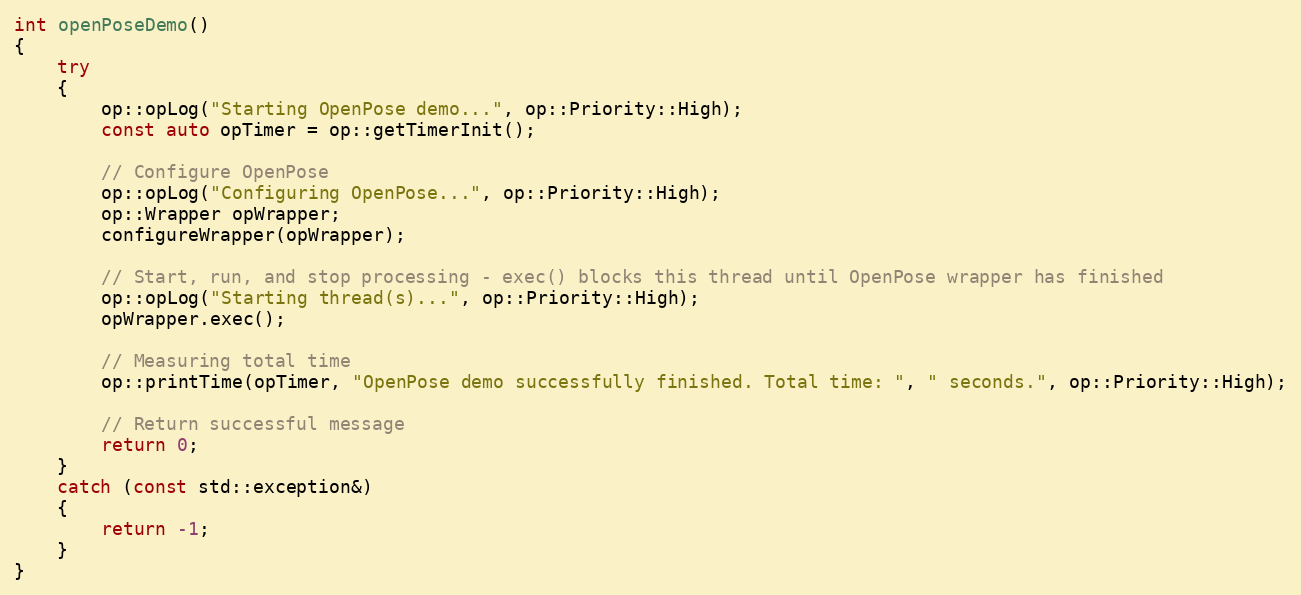
Language: C++
int openPoseDemo()
{
    try
    {
        op::opLog("Starting OpenPose demo...", op::Priority::High);
        const auto opTimer = op::getTimerInit();

        // Configure OpenPose
        op::opLog("Configuring OpenPose...", op::Priority::High);
        op::Wrapper opWrapper;
        configureWrapper(opWrapper);

        // Start, run, and stop processing - exec() blocks this thread until OpenPose wrapper has finished
        op::opLog("Starting thread(s)...", op::Priority::High);
        opWrapper.exec();

        // Measuring total time
        op::printTime(opTimer, "OpenPose demo successfully finished. Total time: ", " seconds.", op::Priority::High);

        // Return successful message
        return 0;
    }
    catch (const std::exception&)
    {
        return -1;
    }
}